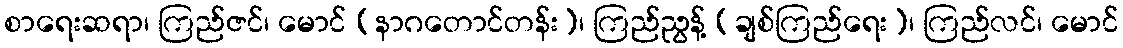
စာရေးဆရာ၊ ကြည်ဇင်၊ မောင် (နာဂတောင်တန်း)၊ ကြည်ညွန့် (ချစ်ကြည်ရေး)၊ ကြည်လင်၊ မောင်